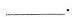
_________。